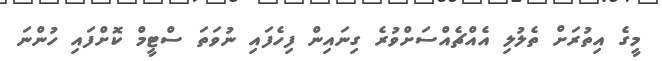
މީގެ އިތުރަށް ތެލުލި އެއްޗެއްސަށްވުރެ ގިނައިން ފިހެފައި ނުވަތަ ސްޓީމް ކޮށްފައި ހުންނަ